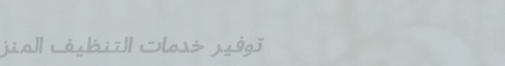
توفير خدمات التنظيف المنز